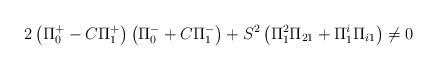
LaTeX: \begin{align*}2\left( \Pi ^{+}_{0}-C\Pi ^{+}_{1}\right) \left( \Pi ^{-}_{0}+C\Pi ^{-}_{1}\right) +S^{2}\left( \Pi _{1}^{2}\Pi _{21}+\Pi _{1}^{i}\Pi _{i1}\right) \neq 0\end{align*}